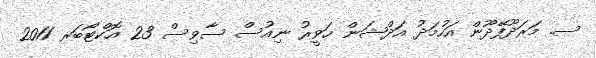
ސ. މަރަދޫފޭދޫން އަހުމަދު އަދްޝަން ހަވީރު ނިއުސް ސާވިސް 23 އޮކްޓޯބަރ 2011